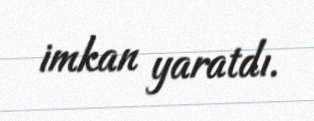
imkan yaratdı.